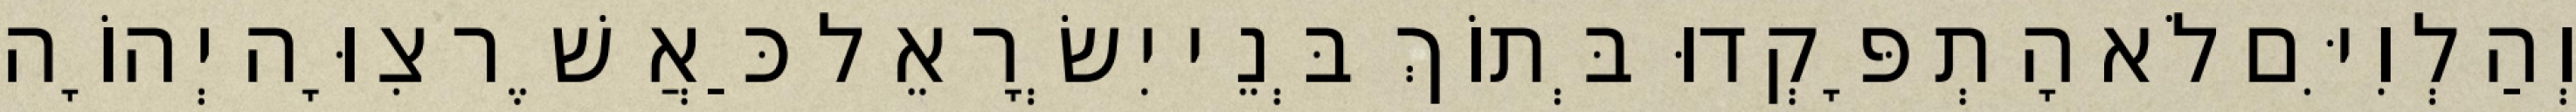
וְהַלְוִיִּם לֹא הָתְפָּקְדוּ בְּתוֹךְ בְּנֵי יִשְׂרָאֵל כַּאֲשֶׁר צִוָּה יְהוָֹה